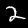
Label: 2